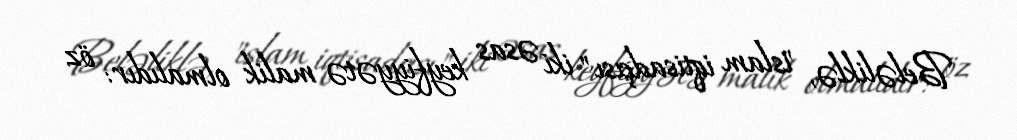
Beləliklə, "islam iqtisadçısı" iki əsas keyfiyyətə malik olmalıdır: öz